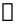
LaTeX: \boldsymbol{\mathscr{H}}